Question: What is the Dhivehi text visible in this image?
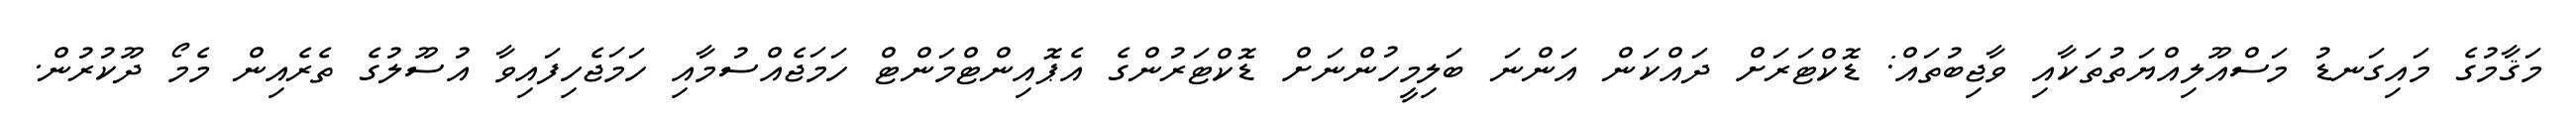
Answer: މަޤާމުގެ މައިގަނޑު މަސްއޫލިއްޔަތުތަކާއި ވާޖިބުތައް: ޑޮކްޓަރަށް ދައްކަން އަންނަ ބަލިމީހުންނަށް ޑޮކްޓަރުންގެ އެޕޮއިންޓްމަންޓް ހަމަޖެއްސުމާއި ހަމަޖެހިފައިވާ އުސޫލުގެ ތެރެއިން މެމޯ ދޫކުރުން.